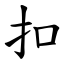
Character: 扣